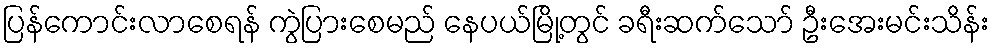
ပြန်ကောင်းလာစေရန် ကွဲပြားစေမည် နေပယ်မြို့တွင် ခရီးဆက်သော် ဦးအေးမင်းသိန်း